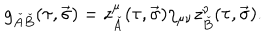
g _ { \check { A } \check { B } } ( \tau , \vec { \sigma } ) = z _ { \check { A } } ^ { \mu } ( \tau , \vec { \sigma } ) \eta _ { \mu \nu } z _ { \check { B } } ^ { \nu } ( \tau , \vec { \sigma } ) .